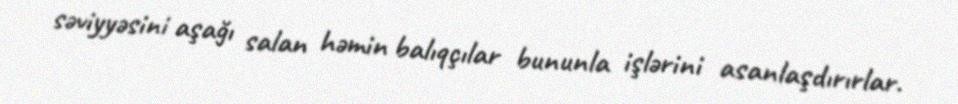
səviyyəsini aşağı salan həmin balıqçılar bununla işlərini asanlaşdırırlar.